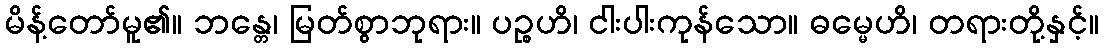
မိန့်တော်မူ၏။ ဘန္တေ၊ မြတ်စွာဘုရား။ ပဉ္စဟိ၊ ငါးပါးကုန်သော။ ဓမ္မေဟိ၊ တရားတို့နှင့်။